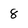
Character: 8